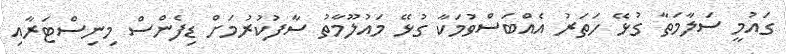
ގައުމީ ސަލާމަތާ ގުޅޭ ހަތަރު އެއްބަސްވުމަކާ ގުޅޭ މައުލޫމާތު ސާފުކުރުމަށް ޑިފެންސް މިނިސްޓަރާއި